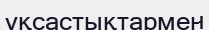
ұқсастықтармен